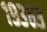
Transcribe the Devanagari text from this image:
१९३६३